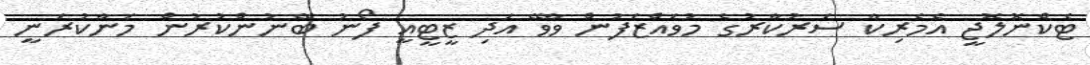
ޓެކްނޮލޮޖީ އެމެރިކާ ސަރުކާރުގެ މުވައްޒަފުން ވާވޭ އަދި ޒީޓީއީ ފޯނު ބޭނުންކުރުން މަނާކުރަނީ